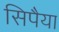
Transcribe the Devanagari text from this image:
सिपैया